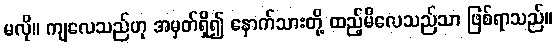
မလို။ ကျလေသည်ဟု အမှတ်ရှိ၍ နောက်သားတို့ ထည့်မိလေသည်သာ ဖြစ်ရာသည်။